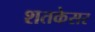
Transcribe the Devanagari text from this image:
शतकेसर